Annual report on the working of the Harcourt Butler Institute of Public Health, Rangoon
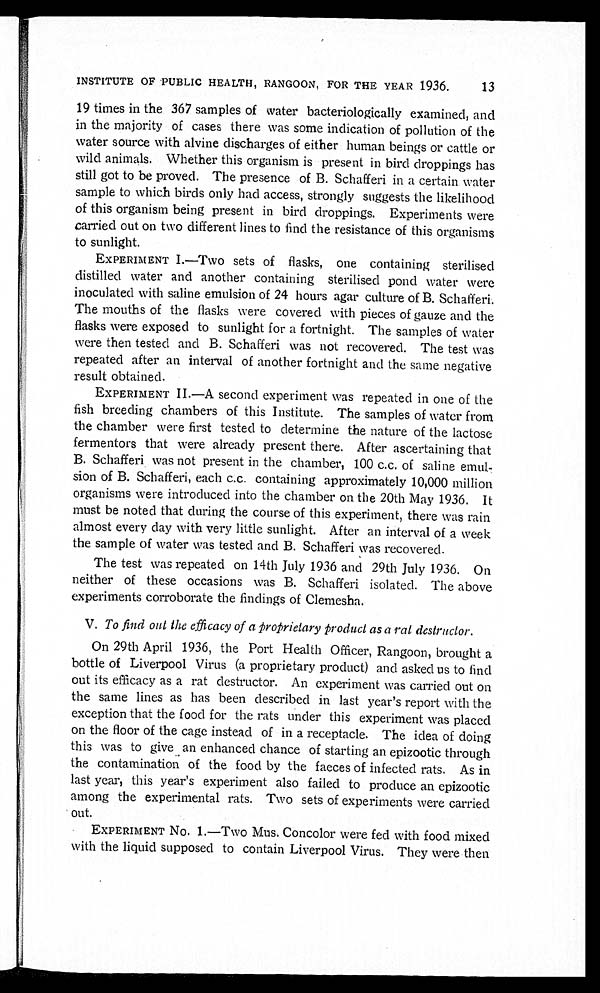
INSTITUTE OF PUBLIC HEALTH, RANGOON, FOR THE YEAR 1936. 13
19 times in the 367 samples of water bacteriologically examined, and
in the majority of cases there was some indication of pollution of the
water source with alvine discharges of either human beings or cattle or
wild animals. Whether this organism is present in bird droppings has
still got to be proved. The presence of B. Schafferi in a certain water
sample to which birds only had access, strongly suggests the likelihood
of this organism being present in bird droppings. Experiments were
carried out on two different lines to find the resistance of this organisms
to sunlight.
EXPERIMENT I.—Two sets of flasks, one containing sterilised
distilled water and another containing sterilised pond water were
inoculated with saline emulsion of 24 hours agar culture of B. Schafferi.
The mouths of the flasks were covered with pieces of gauze and the
flasks were exposed to sunlight for a fortnight. The samples of water
were then tested and B. Schafferi was not recovered. The test was
repeated after an interval of another fortnight and the same negative
result obtained.
EXPERIMENT II.—A second experiment was repeated in one of the
fish breeding chambers of this Institute. The samples of water from
the chamber were first tested to determine the nature of the lactose
fermentors that were already present there. After ascertaining that
B. Schafferi was not present in the chamber, 100 c.c. of saline emul--
sion of B. Schafferi, each c.c. containing approximately 10,000 million
organisms were introduced into the chamber on the 20th May 1936. It
must be noted that during the course of this experiment, there was rain
almost every day with very little sunlight. After an interval of a week
the sample of water was tested and B. Schafferi was recovered.
The test was repeated on 14th July 1936 and 29th July 1936. On
neither of these occasions was B. Schafferi isolated. The above
experiments corroborate the findings of Clemesha.
V. To find out the efficacy of a proprietary product as a rat destructor.
On 29th April 1936, the Port Health Officer, Rangoon, brought a
bottle of Liverpool Virus (a proprietary product) and asked us to find
out its efficacy as a rat destructor. An experiment was carried out on
the same lines as has been described in last year's report with the
exception that the food for the rats under this experiment was placed
on the floor of the cage instead of in a receptacle. The idea of doing
this was to give an enhanced chance of starting an epizootic through
the contamination of the food by the faeces of infected rats. As in
last year, this year's experiment also failed to produce an epizootic
among the experimental rats. Two sets of experiments were carried
out.
EXPERIMENT No. 1.—Two Mus. Concolor were fed with food mixed
with the liquid supposed to contain Liverpool Virus. They were then